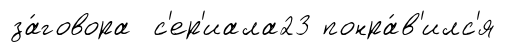
за́говора с'ер'иала23 понра́в'илс'я